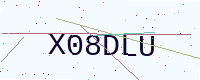
Text: X08DLU